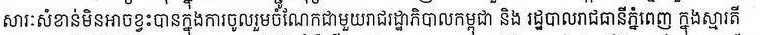
សារៈសំខាន់មិនអាចខ្វះបានក្នុងការចូលរួមចំណែកជាមួយរាជរដ្ឋាភិបាលកម្ពុជា និង រដ្ឋបាលរាជធានីភ្នំពេញ ក្នុងស្មារតី